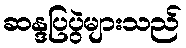
ဆန္ဒပြပွဲများသည်